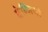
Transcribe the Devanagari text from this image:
बेन्जियो